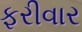
ફરીવાર